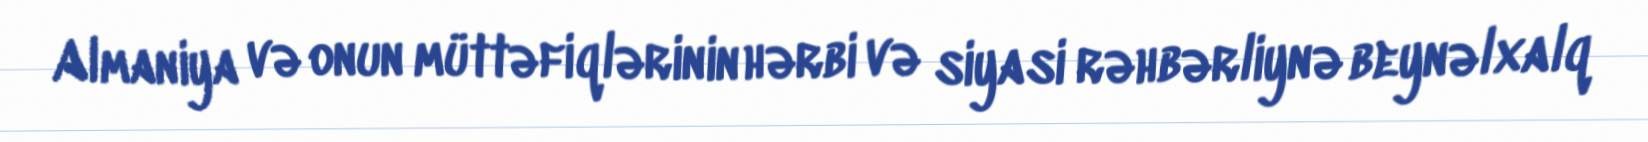
Almaniya və onun müttəfiqlərinin hərbi və siyasi rəhbərliynə beynəlxalq